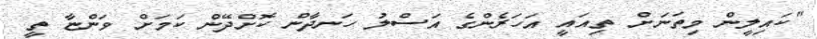
"ކައިލީން މިތަނަށް ތިއައީ އަހަރެންގެ އަސްލު ހަނދާން ކޮށްދޭން ކަމަށް ވަންޏާ ތީ